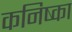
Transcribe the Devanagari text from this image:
कनिष्का